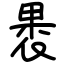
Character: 褁